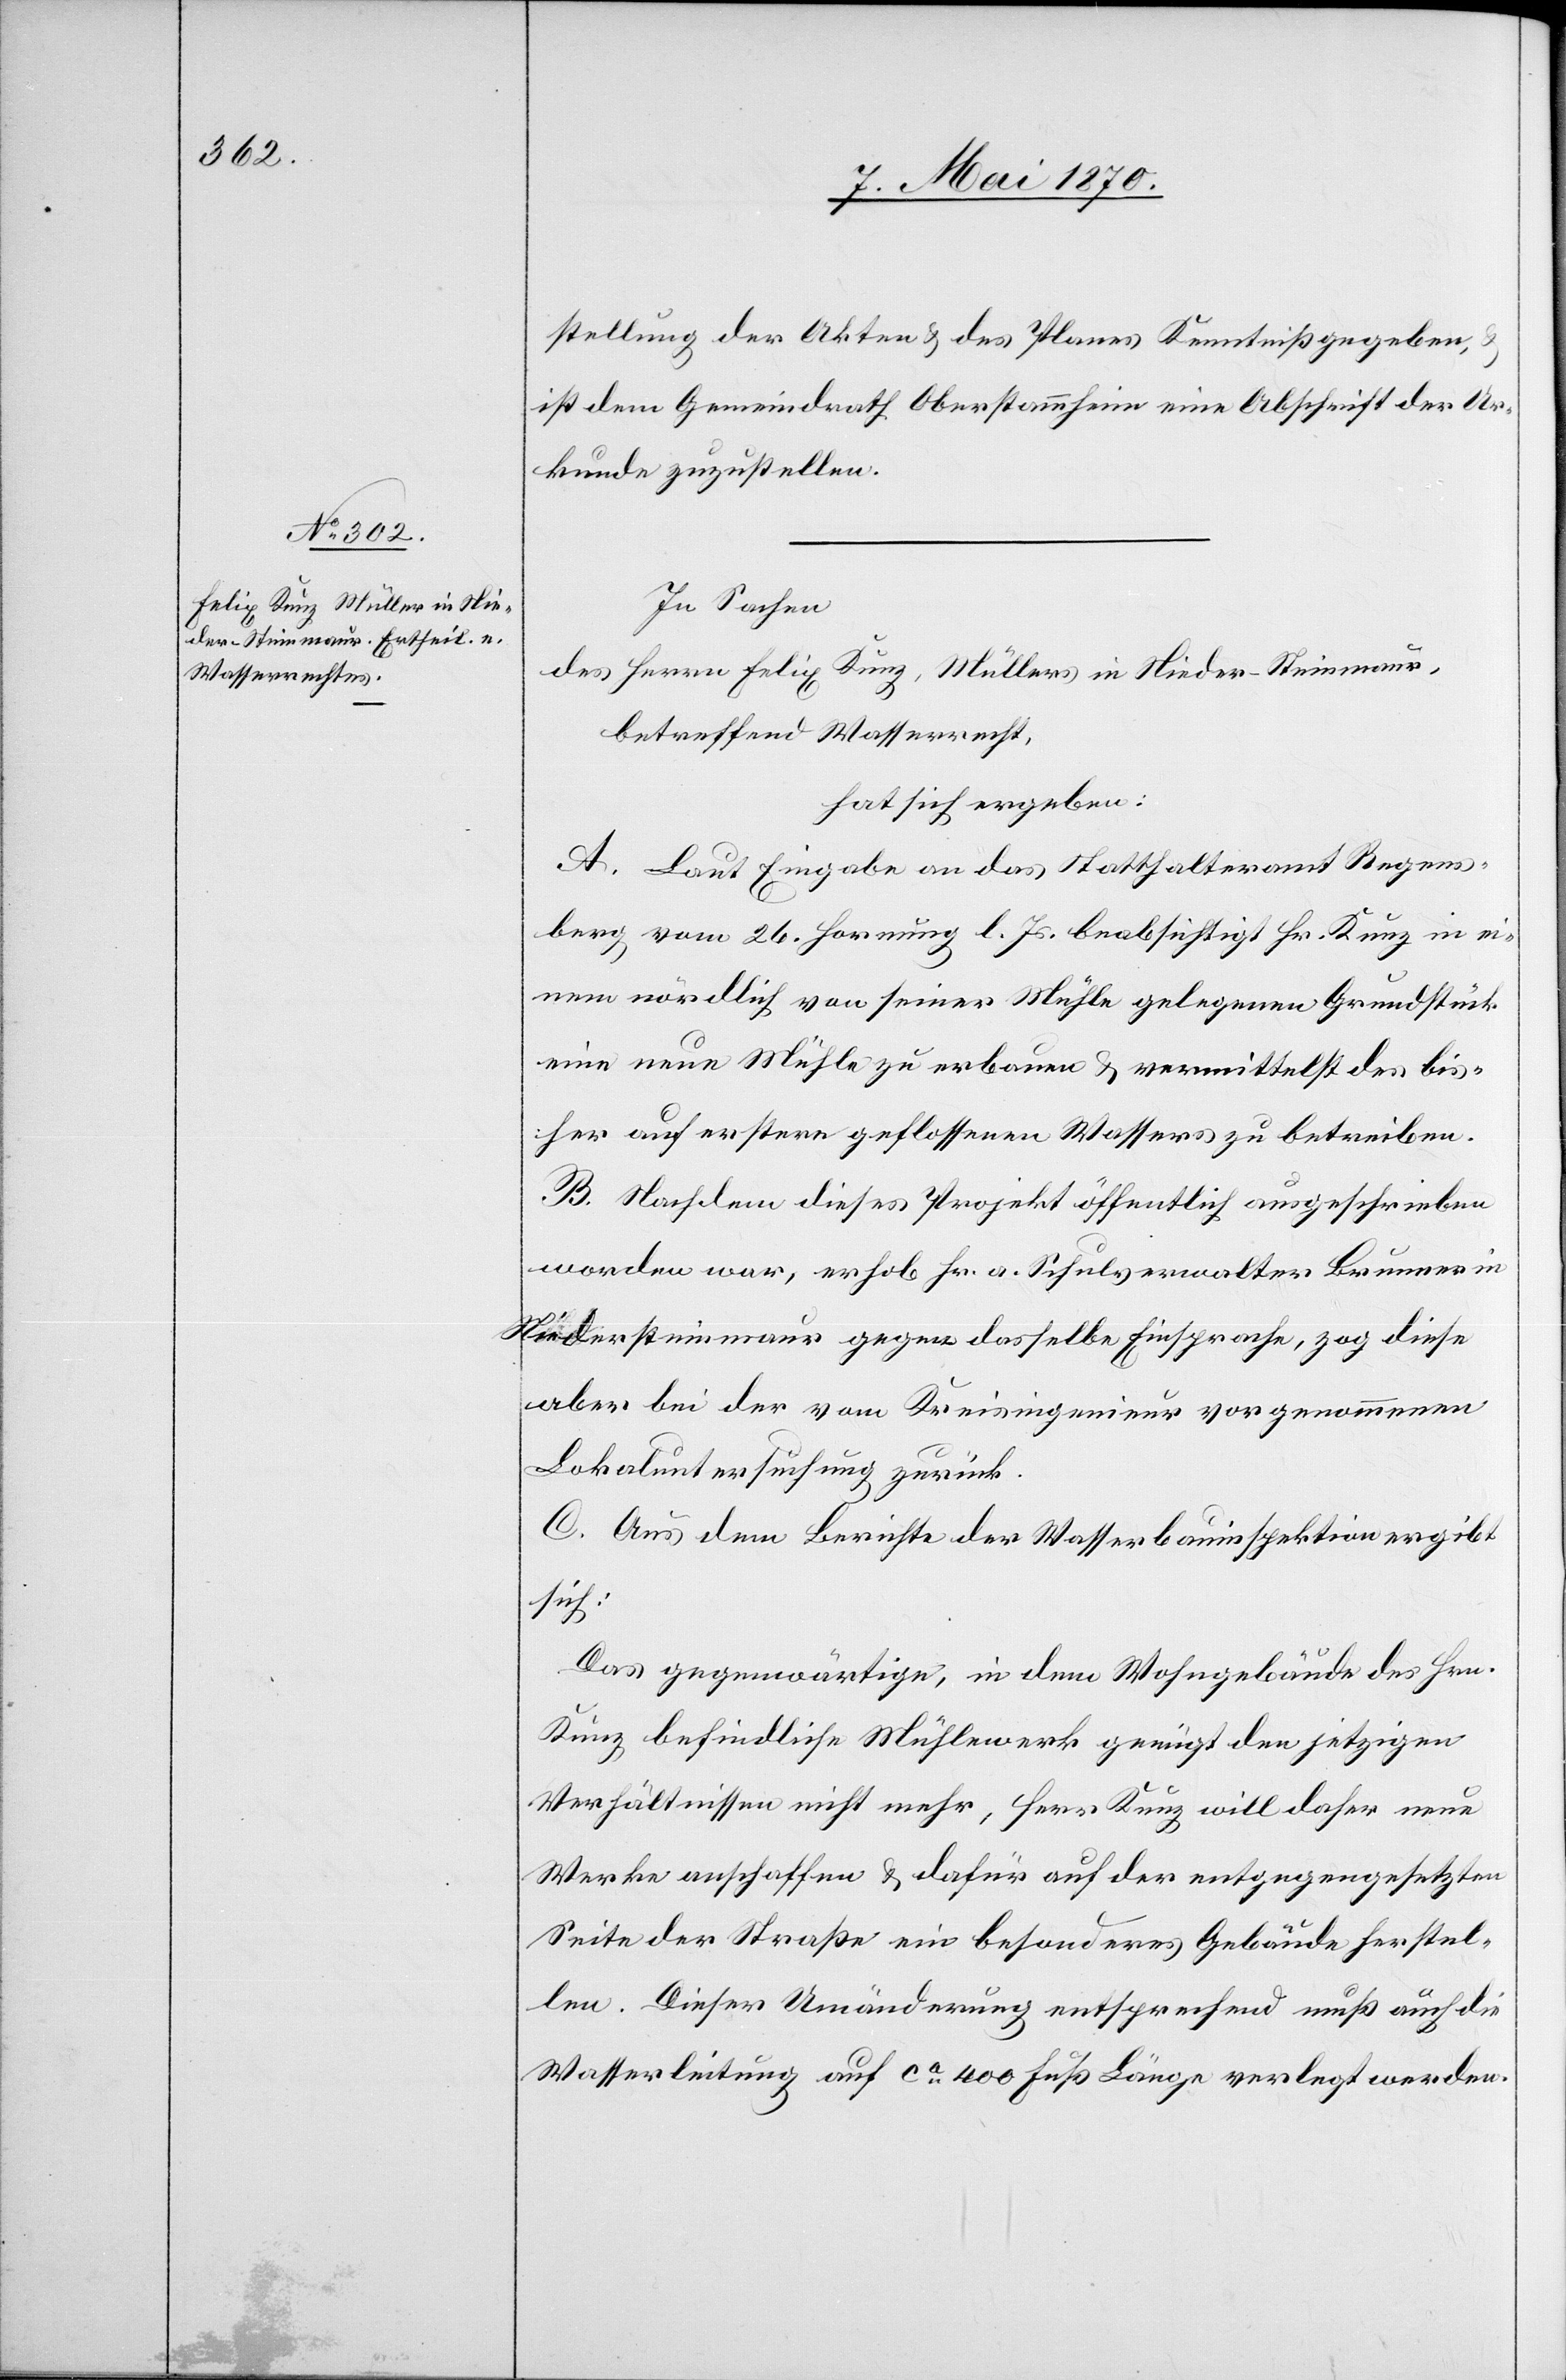
stellung der Akten & des Planes Kenntniß gegeben,
ist dem Gemeindrath Oberstammheim eine Abschrift der Ur¬
kunde zuzustellen.
In Sachen
des Herrn Felix Kunz, Müllers in Nieder-Steinmaur,
betreffend Wasserrecht,
hat sich ergeben:
A. Laut Eingabe an das Statthalteramt Regens¬
berg vom 26. Hornung l. Js. beabsichtigt Hr. Kunz in ei¬
nem nördlich von seiner Mühle gelegenen Grundstück
eine neue Mühle zu erbauen & vermittelst des bis¬
her auf erstere geflossenen Wassers zu betreiben.
B. Nachdem dieses Projekt öffentlich ausgeschrieben
worden war, erhob Hr. a. Schulverwalter Brunner in
Niedersteinmaur gegen dasselbe Einsprache, zog diese
aber bei der von Kreisingenieur vorgenommenen
Lokaluntersuchung zurück.
C. Aus dem Berichte der Wasserbauinspektion ergibt
sich:
Das gegenwärtige, in dem Wohngebäude des Hrn.
Kunz befindliche Mühlewerk genügt den jetzigen
Verhältnissen nicht mehr, Herr Kunz will daher neue
Werke anschaffen & dafür auf der entgegengesetzten
Seite der Straße ein besonderes Gebäude herstel¬
len. Dieser Umänderung entsprechend muß auch die
Wasserleitung auf ca 400 Fuß Länge verlegt werden.